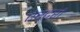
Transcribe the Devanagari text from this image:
ऐस्टरों